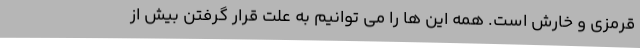
قرمزی و خارش است. همه این ها را می توانیم به علت قرار گرفتن بیش از